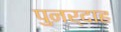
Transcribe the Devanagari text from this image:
पुनर्दाह